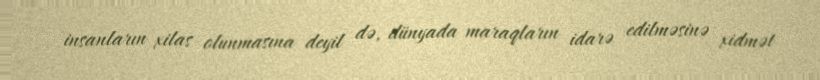
insanların xilas olunmasına deyil də, dünyada maraqların idarə edilməsinə xidmət